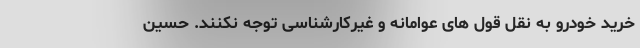
خرید خودرو به نقل قول های عوامانه و غیرکارشناسی توجه نکنند. حسین